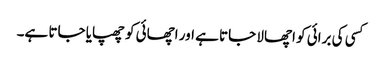
کسی کی برائی کو اچھالا جاتا ہے اور اچھائی کو چھپایا جاتا ہے۔